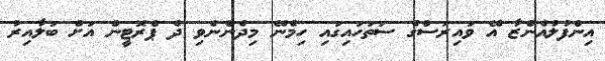
އިންފުލުއެންޒާ އޭ ވައިރަސްގެ ސަތަހައިގައި ހިމެނޭ މިދެންނެވި ދެ ޕްރޮޓީން އަށް ބަލާއިރު